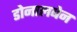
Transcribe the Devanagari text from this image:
डोनालबेन